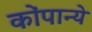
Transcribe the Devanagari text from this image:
कोंपान्ये